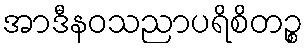
အာဒီနဝသညာပရိစိတဉ္စ